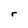
Character: r